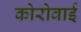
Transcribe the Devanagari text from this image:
कोरोवाई